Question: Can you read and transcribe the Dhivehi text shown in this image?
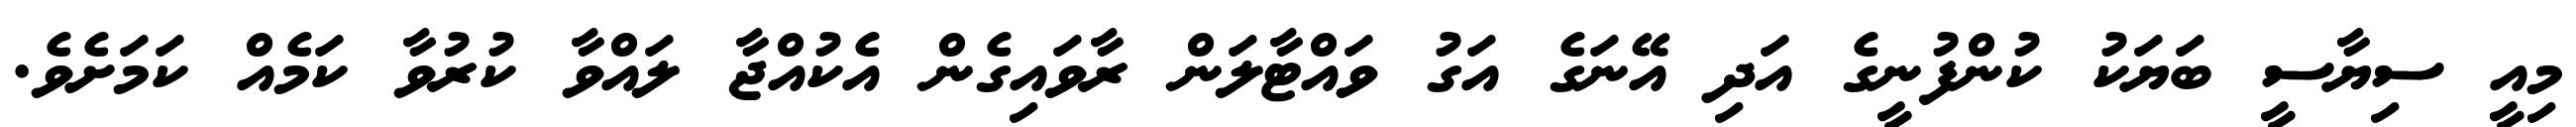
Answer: މިއީ ސިޔާސީ ބަޔަކު ކުންފުނީގެ އަދި އޭނަގެ އަގު ވައްޓާލަން ރާވައިގެން އެކުއްޖާ ލައްވާ ކުރުވާ ކަމެއް ކަމަށެވެ.